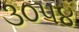
૩૦૫૪